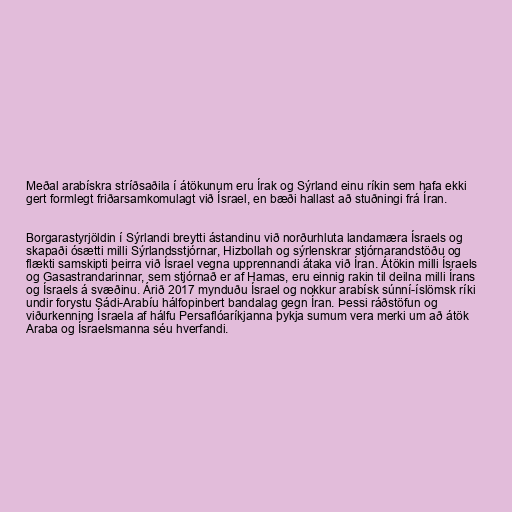
Meðal arabískra stríðsaðila í átökunum eru Írak og Sýrland einu ríkin sem hafa ekki
gert formlegt friðarsamkomulagt við Ísrael, en bæði hallast að stuðningi frá Íran.

Borgarastyrjöldin í Sýrlandi breytti ástandinu við norðurhluta landamæra Ísraels og
skapaði ósætti milli Sýrlandsstjórnar, Hizbollah og sýrlenskrar stjórnarandstöðu og
flækti samskipti þeirra við Ísrael vegna upprennandi átaka við Íran. Átökin milli Ísraels
og Gasastrandarinnar, sem stjórnað er af Hamas, eru einnig rakin til deilna milli Írans
og Ísraels á svæðinu. Árið 2017 mynduðu Ísrael og nokkur arabísk súnní-íslömsk ríki
undir forystu Sádi-Arabíu hálfopinbert bandalag gegn Íran. Þessi ráðstöfun og
viðurkenning Ísraela af hálfu Persaflóaríkjanna þykja sumum vera merki um að átök
Araba og Ísraelsmanna séu hverfandi.